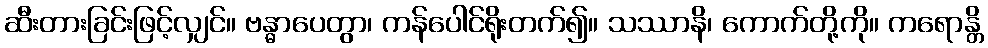
ဆီးတားခြင်းဖြင့်လျှင်။ ဗန္ဓာပေတွာ၊ ကန်ပေါင်ရိုးတက်၍။ သဿာနိ၊ ကောက်တို့ကို။ ကရောန္တိ